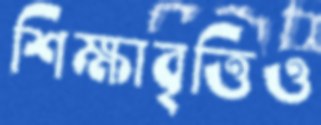
শিক্ষাবৃত্তিও